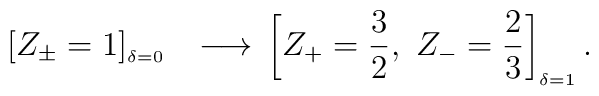
\left[ Z_{\pm }=1\right]_{^{_{_{\delta =0}}}}\ \ \longrightarrow \\ \left[ Z_{+}=\frac{3}{2},\ Z_{-}=\frac{2}{3}\right]_{_{\delta=1}}.